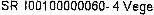
SR 100100000060- 4 VEGE